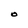
Character: O